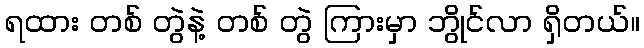
ရထား တစ် တွဲနဲ့ တစ် တွဲ ကြားမှာ ဘွိုင်လာ ရှိတယ်။